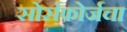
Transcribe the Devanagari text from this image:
सोर्सफोर्जचा